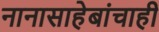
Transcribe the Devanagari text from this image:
नानासाहेबांचाही